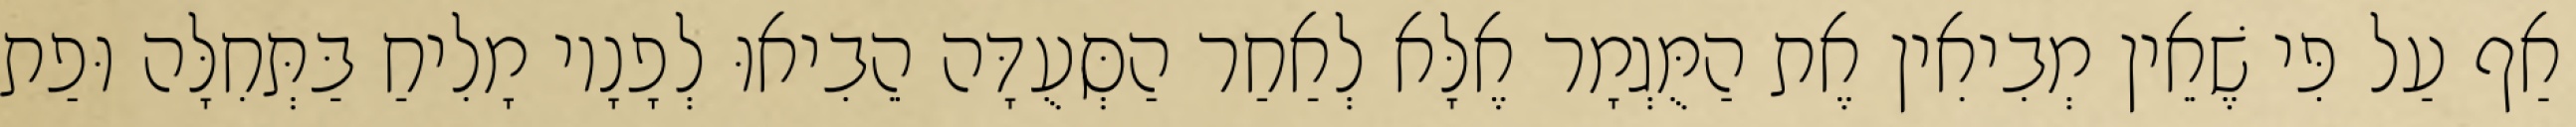
אַף עַל פִּי שֶׁאֵין מְבִיאִין אֶת הַמֻּגְמָר אֶלָּא לְאַחַר הַסְּעֻדָּה הֵבִיאוּ לְפָנָיו מָלִיחַ בַּתְּחִלָּה וּפַת